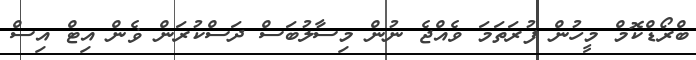
ބްރޯޑްކޮމް މީހުން ފުރަތަމަ ވެއްޖެ ނުން މިސާލުބަސް ދަސްކުރަން ޥެން އިޓް އިސް